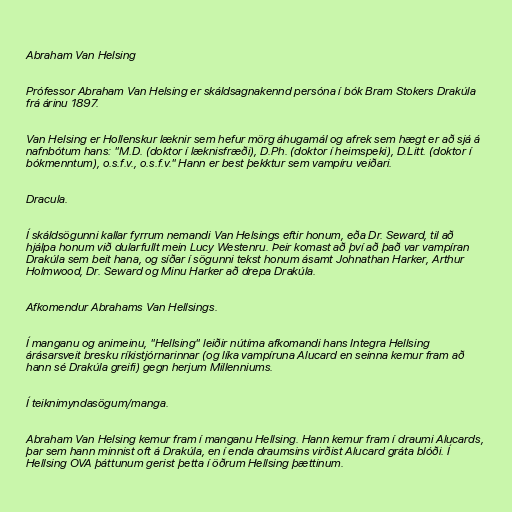
Abraham Van Helsing

Prófessor Abraham Van Helsing er skáldsagnakennd persóna í bók Bram Stokers Drakúla
frá árinu 1897.

Van Helsing er Hollenskur læknir sem hefur mörg áhugamál og afrek sem hægt er að sjá á
nafnbótum hans: "M.D. (doktor í læknisfræði), D.Ph. (doktor í heimspeki), D.Litt. (doktor í
bókmenntum), o.s.f.v., o.s.f.v." Hann er best þekktur sem vampíru veiðari.

Dracula.

Í skáldsögunni kallar fyrrum nemandi Van Helsings eftir honum, eða Dr. Seward, til að
hjálpa honum við dularfullt mein Lucy Westenru. Þeir komast að því að það var vampíran
Drakúla sem beit hana, og síðar í sögunni tekst honum ásamt Johnathan Harker, Arthur
Holmwood, Dr. Seward og Minu Harker að drepa Drakúla.

Afkomendur Abrahams Van Hellsings.

Í manganu og animeinu, "Hellsing" leiðir nútíma afkomandi hans Integra Hellsing
árásarsveit bresku ríkistjórnarinnar (og líka vampíruna Alucard en seinna kemur fram að
hann sé Drakúla greifi) gegn herjum Millenniums.

Í teiknimyndasögum/manga.

Abraham Van Helsing kemur fram í manganu Hellsing. Hann kemur fram í draumi Alucards,
þar sem hann minnist oft á Drakúla, en í enda draumsins virðist Alucard gráta blóði. Í
Hellsing OVA þáttunum gerist þetta í öðrum Hellsing þættinum.